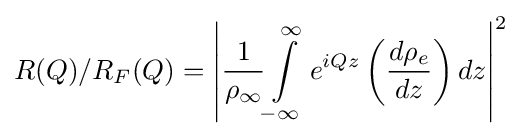
R(Q)/R_{F}(Q)=\left|{\frac {1}{\rho _{\infty }}}{\int \limits _{-\infty }^{\infty }{e^{iQz}\left({\frac {d\rho _{e}}{dz}}\right)dz}}\right|^{2}